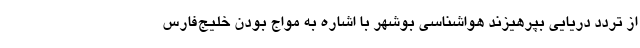
از تردد دریایی بپرهیزند هواشناسی بوشهر با اشاره به مواج بودن خلیج‌فارس